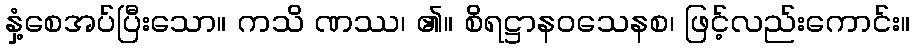
နှံ့စေအပ်ပြီးသော။ ကသိ ဏဿ၊ ၏။ စိရဋ္ဌာနဝသေနစ၊ ဖြင့်လည်းကောင်း။